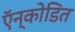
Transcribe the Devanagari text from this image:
ऍन्कोडित